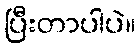
ပြီးတာပါပဲ။